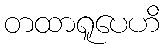
တထာရူပေဟိ